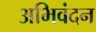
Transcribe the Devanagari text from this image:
अभिवंदन